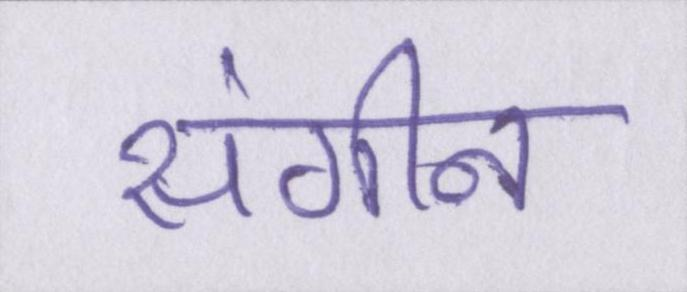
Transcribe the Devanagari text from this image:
संगीन